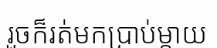
រួចក៏រត់មកប្រាប់ម្តាយ